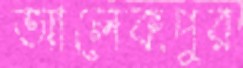
আলেকপুর